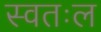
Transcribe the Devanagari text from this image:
स्वतःल